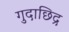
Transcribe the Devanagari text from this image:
गुदाछिद्र